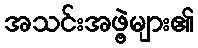
အသင်းအဖွဲ့များ၏